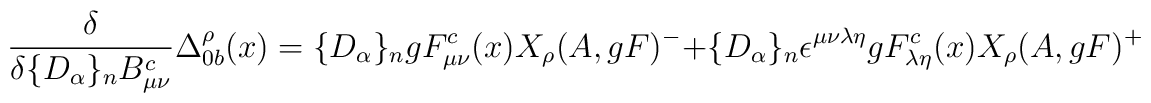
\frac{\delta}{\delta\{D_{\alpha}\}_nB_{\mu\nu}^c}\Delta_{0 b}^{\rho}(x)=\{D_{\alpha}\}_n gF_{\mu\nu}^c(x)X_{\rho}( A,gF)^{-}+ \{D_{\alpha}\}_n\epsilon^{\mu\nu\lambda\eta}gF_{\lambda\eta}^c(x)X_{\rho}( A,gF)^{+}